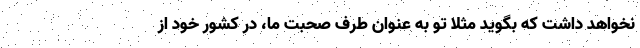
نخواهد داشت که بگوید مثلا تو به عنوان طرف صحبت ما، در کشور خود از